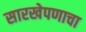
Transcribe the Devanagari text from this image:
सारखेपणाचा